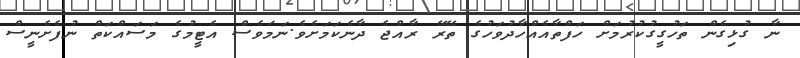
ނާ ގުޅިގެން ތަހުގީގުކުރުމަށް ހަފްތާއެއްހާދުވަހުގެ ތޭރޭ ރާއްޖެ ދާނެކަމަށެވެ.ނަމަވެސް އެޓީމުގެ މަސައްކަތް ނުފެށެނީސް